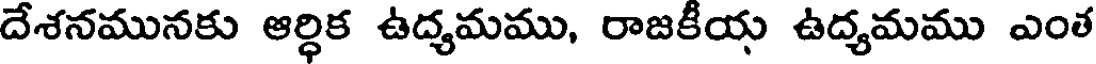
దేశనమునకు ఆర్ధిక ఉద్యమము, రాజకీయ ఉద్యమము ఎంత